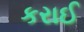
કરાઈ